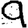
Digit: 9